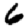
Digit: 6